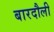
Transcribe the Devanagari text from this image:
बारदौली